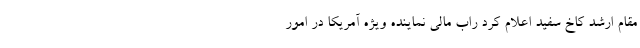
مقام ارشد کاخ سفید اعلام کرد راب مالی نماینده ویژه آمریکا در امور